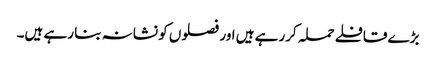
بڑے قافلے حملہ کررہے ہیں اور فصلوں کو نشانہ بنا رہے ہیں۔